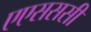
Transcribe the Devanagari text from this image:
एएसससी